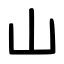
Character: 山